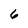
Character: 6